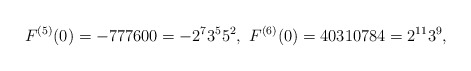
\begin{align*}F^{(5)}(0)=-777600=-2^{7}3^{5}5^{2},\ F^{(6)}(0)=40310784=2^{11}3^{9},\end{align*}